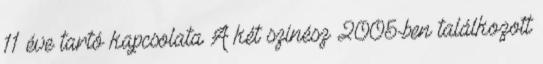
11 éve tartó kapcsolata A két színész 2005-ben találkozott